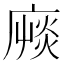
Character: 𢊝